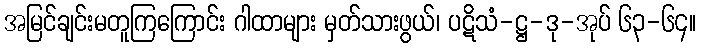
အမြင်ချင်းမတူကြကြောင်း ဂါထာများ မှတ်သားဖွယ်၊ ပဋိသံ-ဋ္ဌ-ဒု-အုပ် ၆၃-၆၄။